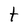
Character: t